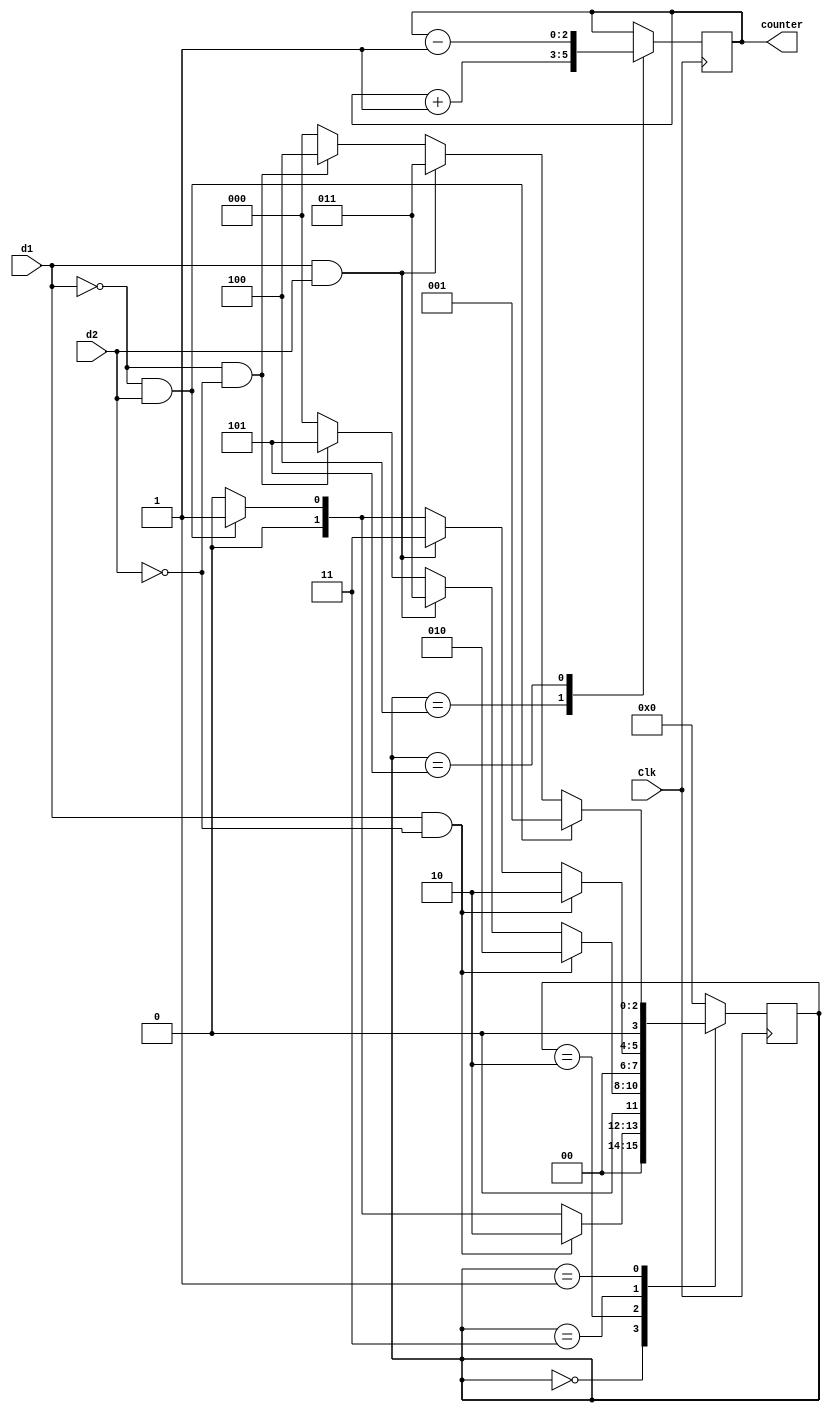
//module FSM(Clk,d1,d2,counter);
//
//input Clk;
//input d1;
//input d2;
//output [2:0] counter;
//
//parameter s0 = 3'b000, s1 = 3'b010, s2 = 3'b011, s3 = 3'b001, s4 = 3'b100;
//
//reg  [2:0] count;
//reg  [3:0] state;
//
//always @(posedge Clk)
//begin
//	case(state[3:0])
//		s0: 
//			if(d1 == 1'b1 && d2 == 1'b0)
//				state <= s1;
//			else
//				state <= s0;
//		s1:
//			if(d1 == 1'b1 && d2 == 1'b0)
//				state <= s1;
//			else if(d1 == 1'b1 && d2 == 1'b1)
//				state <= s2;
//			else
//				state <= s0;							
//		s2:
//			if(d1 == 1'b1 && d2 == 1'b0)
//				state <= s1;
//			else if(d1 == 1'b1 && d2 == 1'b1)
//				state <= s2;
//			else if(d1 == 1'b0 && d2 == 1'b1)
//				state <= s3;
//			else
//				state <= s0;															
//		s3:
//			if(d1 == 1'b0 && d2 == 1'b1)
//				state <= s3;
//			else if(d1 == 1'b1 && d2 == 1'b1)
//				state <= s2;
//			else if(d1 == 1'b0 && d2 == 1'b0)
//				state <= s4;	
//			else
//				state <= s0;
//		s4:
//		begin
//			count[2:0] <= count[2:0] + 1'b1;
//			state <= s0;
//		end	 			
//		default:
//			state <= s0;
//	endcase
//end
//
//assign counter[2:0] = count[2:0];
//
//endmodule

module FSM(Clk,d1,d2,counter);

input Clk;
input d1;
input d2;
output [2:0] counter;

parameter s0 = 3'b000, s1 = 3'b010, s2 = 3'b011, s3 = 3'b001, s4 = 3'b100, s5 = 3'b101;

reg  [2:0] count;
reg  [3:0] state;

always @(posedge Clk)
begin
	case(state[3:0])
		s0: 
			if(d1 == 1'b1 && d2 == 1'b0)
				state <= s1;
			else if (d1 == 1'b0 && d2 == 1'b1)
				state <= s3;
			else
				state <= s0;
		s1:
			if(d1 == 1'b1 && d2 == 1'b0)
				state <= s1;
			else if(d1 == 1'b1 && d2 == 1'b1)
				state <= s2;
			else if(d1 == 1'b0 && d2 == 1'b0)
				state <= 3'b101;
			else	
				state <= s0;							
		s2:
			if(d1 == 1'b1 && d2 == 1'b0)
				state <= s1;
			else if(d1 == 1'b1 && d2 == 1'b1)
				state <= s2;
			else if(d1 == 1'b0 && d2 == 1'b1)
				state <= s3;
			else
				state <= s0;															
		s3:
			if(d1 == 1'b0 && d2 == 1'b1)
				state <= s3;
			else if(d1 == 1'b1 && d2 == 1'b1)
				state <= s2;
			else if(d1 == 1'b0 && d2 == 1'b0)
				state <= s4;	
			else
				state <= s0;
		s4:
		begin
			count[2:0] <= count[2:0] + 1'b1;
			state <= s0;
		end	
		s5:
		begin
			count[2:0] <= count[2:0] - 1'b1;
			state <= s0;
		end			 			
		default:
			state <= s0;
	endcase
end

assign counter[2:0] = count[2:0];

endmodule